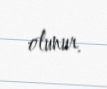
olunur.